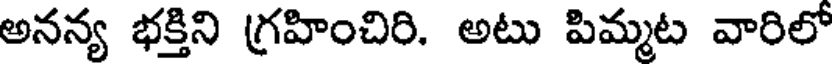
అనన్య భక్తిని గ్రహించిరి. అటు పిమ్మట వారిలో